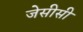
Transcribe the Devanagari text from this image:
जेसीसी